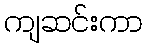
ကျဆင်းကာ